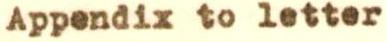
Appendix to letter